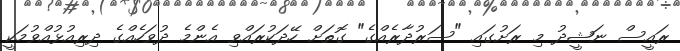
ރައީސް ނަޝީދު މި ރަށުގައި "ސަރުދާރެއްގެ" ގޮތަށް ހޭދަކުރައްވި އެންމެ ދުވަހެއްގެ ދިރިއުޅުއްވުމަކީ